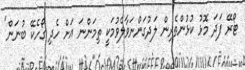
ޓޯރޭ ފަދަ މޮޅު ކުޅުންތެރިން ލަދުގަންނަވާލެވުމަކީ ތިމަންނަ އަށް ހެދި ގޯހެކޭ ބުނަން"